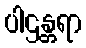
ပါဌန္တရာ